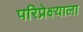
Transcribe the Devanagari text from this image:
परिप्रेक्ष्याला